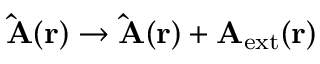
\mathbf { \hat { A } } ( \mathbf { r } ) \rightarrow \mathbf { \hat { A } } ( \mathbf { r } ) + \mathbf { A } _ { \mathrm { e x t } } ( \mathbf { r } )